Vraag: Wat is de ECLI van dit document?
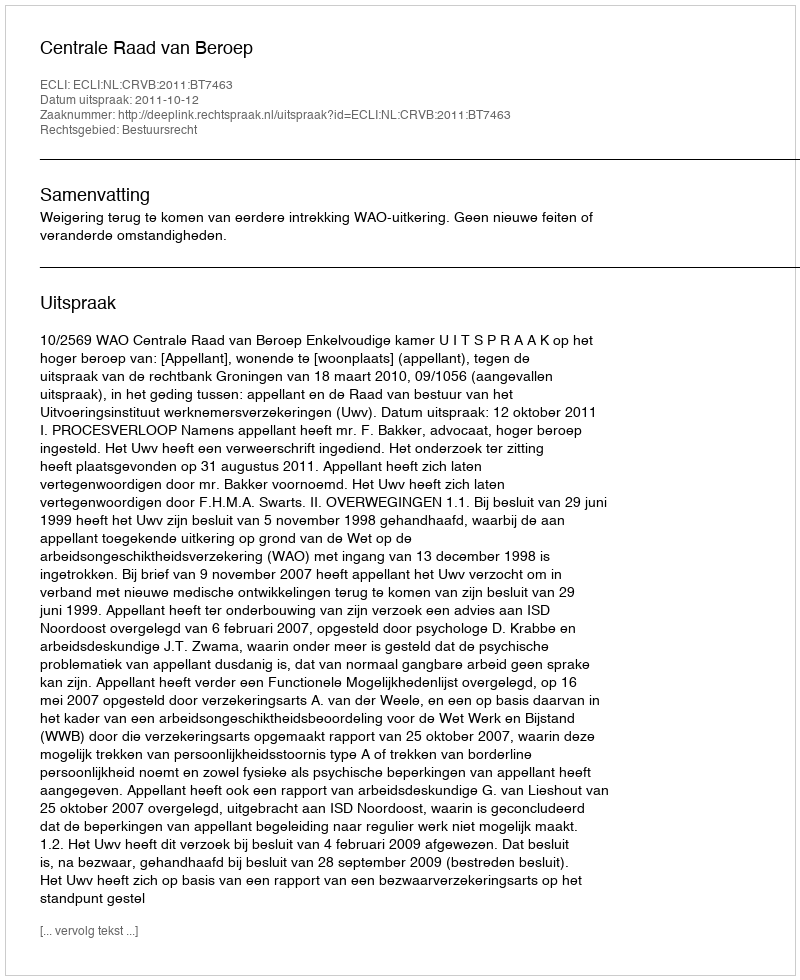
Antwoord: ECLI:NL:CRVB:2011:BT7463